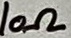
Text: 10Ω